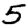
Digit: 5